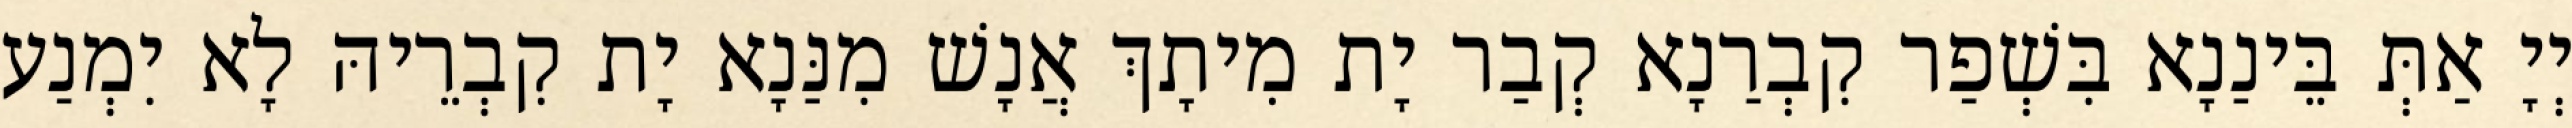
יְיָ אַתְּ בֵּינַנָא בִּשְׁפַר קִבְרַנָא קְבַר יָת מִיתָךְ אֲנָשׁ מִנַּנָא יָת קִבְרֵיהּ לָא יִמְנַע